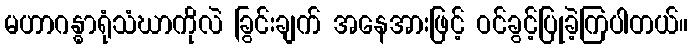
မဟာဂန္ဓာရုံသံဃာကိုလဲ ခြွင်းချက် အနေအားဖြင့် ဝင်ခွင့်ပြုခဲ့ကြပါတယ်။